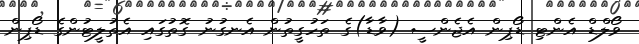
ވޯލްޑް އެންޓި ޑޯޕިން އެޖެންސީ (ވާޑާ)ގެ ތަހުގީތުން އެނގުނު ގޮތުގައި އެތުލީޓުންގެ ޑޯޕިން